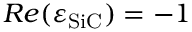
R e ( \varepsilon _ { \mathrm { S i C } } ) = - 1